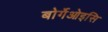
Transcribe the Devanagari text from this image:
बोर्गेओइसि